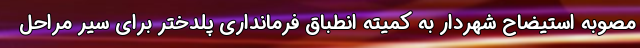
مصوبه استیضاح شهردار به کمیته انطباق فرمانداری پلدختر برای سیر مراحل